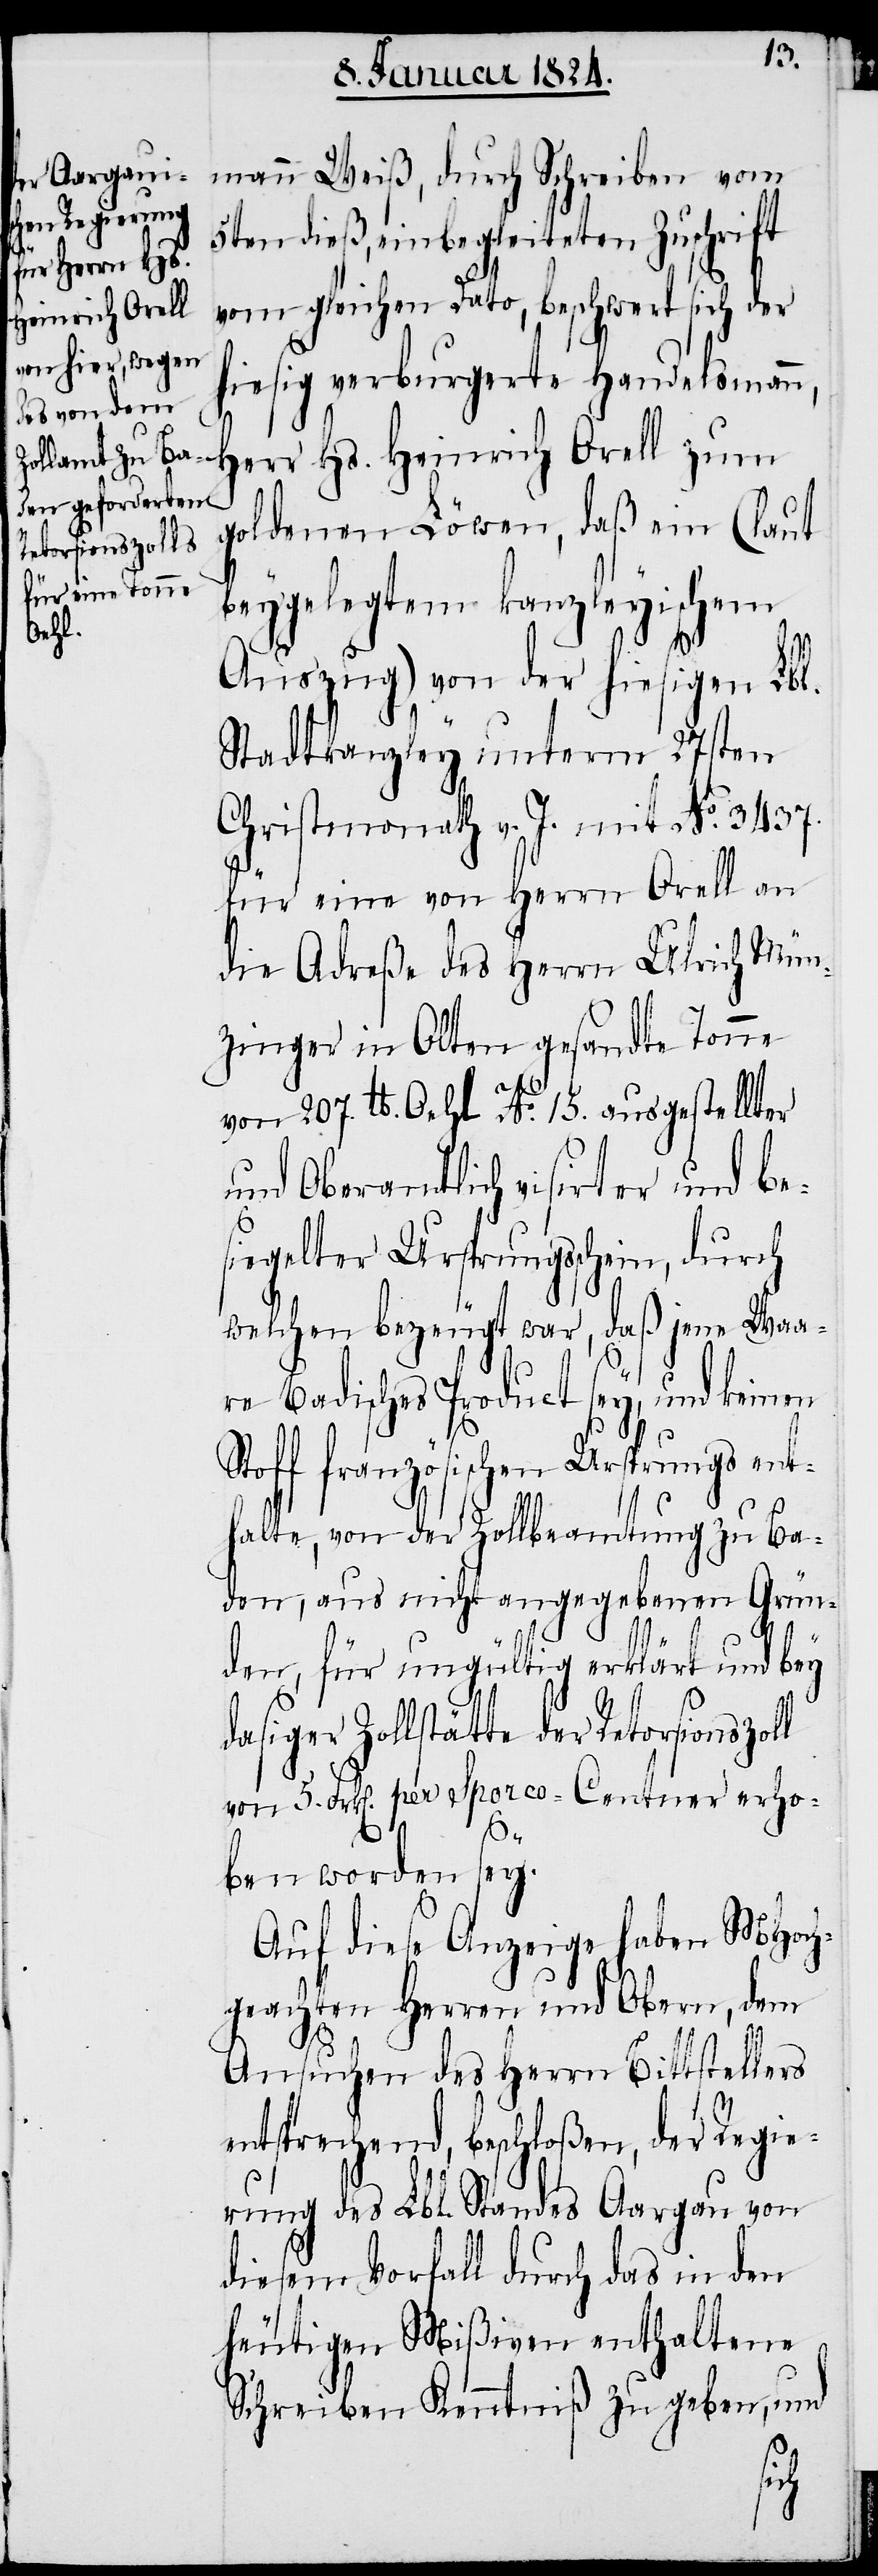
5ten dieß, einbegleiteten Zuschrift
vom gleichen Dato, beschwert sich der
hiesig verburgerte Handelsman¬
Herr Hs. Heinrich Orell zum
goldenen Löwen, daß ein (laut
Retorsionszoll
beygelegtem kanzleyischem
Auszug) von der hiesigen Lbl.
Stadtkanzley unterm 27sten
Christmonath v. J. mit No. 3437.
für eine von Herrn Orell an
die Adreße des Herrn Ulrich Mün¬
zinger in Olten gesandte Tonne
von 207. lb. Oehl No. 15. ausgestellter
und Oberamtlich visirter und be¬
siegelter Ursprungsschein, durch
welchen bezeugt war, daß jene Waa¬
re Badisches Product sey, und keinen
Stoff französischen Ursprungs ent¬
halte, von der Zollbeamtung zu Ba¬
den, aus nicht angegebenen Grün¬
den, für ungültig erklärt und bey
dasiger Zollstätte der
von 5. Frk[en]. per Sporco-Center erho¬
ben worden sey.
Auf diese Anzeige haben MHoch¬
geachten Herren und Obern, dem
n,
Ansuchen des Herrn Bittstellers
entsprechend, beschloßen, der Regie¬
rung des Lbl. Standes Aargau von
diesem Vorfall durch das in den
heutigen Mißiven enthaltene
Schreiben Kenntniß zu geben, und